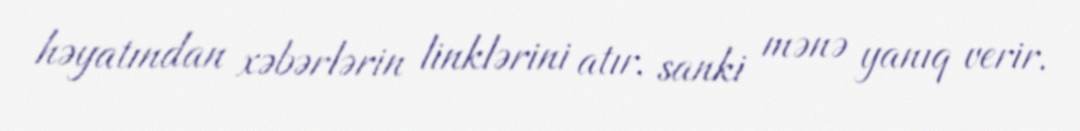
həyatından xəbərlərin linklərini atır, sanki mənə yanıq verir.